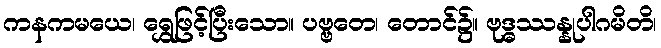
ကနကမယေ၊ ရွှေဖြင့်ပြီးသော။ ပဗ္ဗတေ၊ တောင်၌။ ဗုဒ္ဓဿန္နုပါဂမိတိ၊